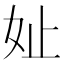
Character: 𪥧